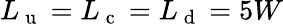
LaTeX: L_{\mathrm{~u~}}=L_{\mathrm{~c~}}=L_{\mathrm{~d~}}=5W